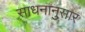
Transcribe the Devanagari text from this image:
साधनानुसार